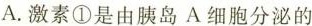
A.激素①是由胰岛A细胞分泌的